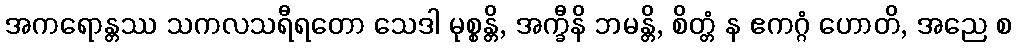
အကရောန္တဿ သကလသရီရတော သေဒါ မုစ္စန္တိ, အက္ခီနိ ဘမန္တိ, စိတ္တံ န ဧကဂ္ဂံ ဟောတိ, အညေ စ